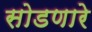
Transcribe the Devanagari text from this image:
सोडणारे